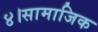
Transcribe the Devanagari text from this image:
४।सामाजिक